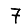
Digit: 7